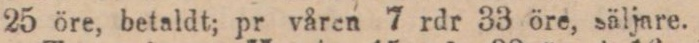
25 öre, betaldt; pr våren 7 rdr 33 öre, säljare.